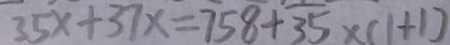
3 5 x + 3 7 x = 7 5 8 + 3 5 \times ( 1 + 1 )